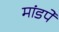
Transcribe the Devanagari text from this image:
मांडपे